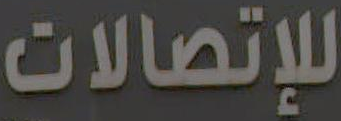
للإتصالات